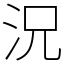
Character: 況